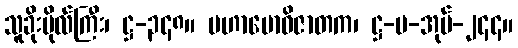
သူခိုးဗိုလ်ကြီး၊ ဋ္ဌ-၃၄၈။ မဟာဗောဓိဇာတက၊ ဋ္ဌ-မ-အုပ်-၂၄၄။